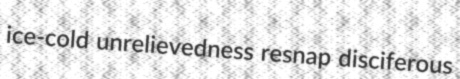
ice-cold unrelievedness resnap disciferous